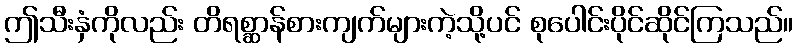
ဤသီးနှံကိုလည်း တိရစ္ဆာန်စားကျက်များကဲ့သို့ပင် စုပေါင်းပိုင်ဆိုင်ကြသည်။